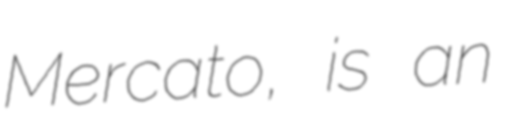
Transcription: Mercato, is an